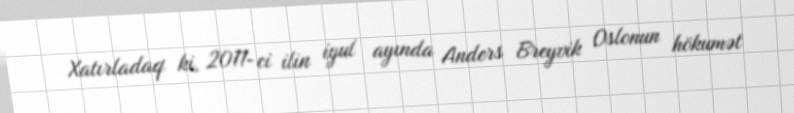
Xatırladaq ki, 2011-ci ilin iyul ayında Anders Breyvik Oslonun hökumət